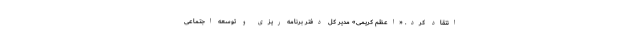
انتقاد کرد. «اعظم کریمی» مدیر کل دفتر برنامه ریزی و توسعه اجتماعی